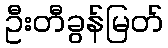
ဦးတီခွန်မြတ်